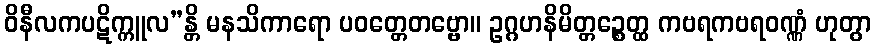
ဝိနီလကပဋိက္ကူလ”န္တိ မနသိကာရော ပဝတ္တေတဗ္ဗော။ ဥဂ္ဂဟနိမိတ္တဉ္စေတ္ထ ကဗရကဗရဝဏ္ဏံ ဟုတွာ